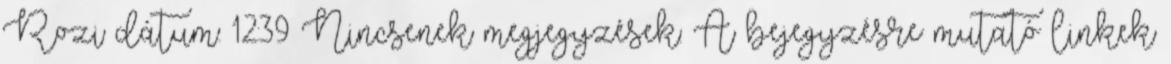
Rozi dátum: 12:39 Nincsenek megjegyzések: A bejegyzésre mutató linkek